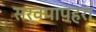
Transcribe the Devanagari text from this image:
सर्वपापहरा